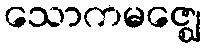
သောကမဇ္ဈေ